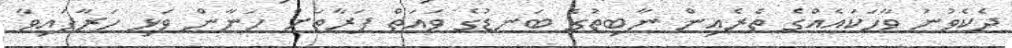
ދެކެވުނު ވާހަކައެއްގެ ތެރެއިން ނާބިތުގެ ބަނޑުގެ ވައަތް ފަރާތަށް ހަނާން ވަޅި ހަރާފައިވާ